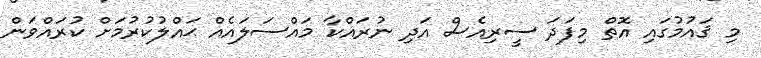
މި ޤައުމުގައި އޮތް މިފަދަ ސީރިއެސް އަދި ނުރައްކާ މައްސަލައެއް ޙައްލުކުރުމަށް ކުރައްވަން